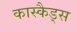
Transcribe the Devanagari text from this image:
कास्कैड्स